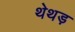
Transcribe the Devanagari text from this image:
थेथड़